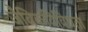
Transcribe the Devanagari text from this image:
जैविकविविधता